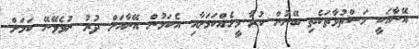
އޭނާއަކީ މަސްތުވާތަކެތި ބޭނުން ކުރާ މީހެއްކަމަށާއި އެކަމުން އޭނާއަށް ދުރު ނުވެވޭނޭ ކަމަށް